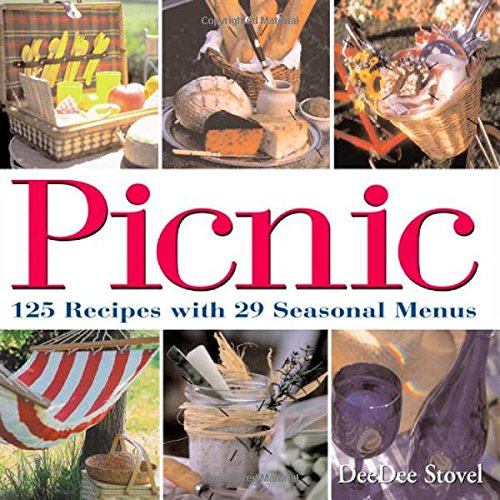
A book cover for Picnic: 125 Recipes with 29 Seasonal Menus; DeeDee Stovel; Cookbooks, Food & Wine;